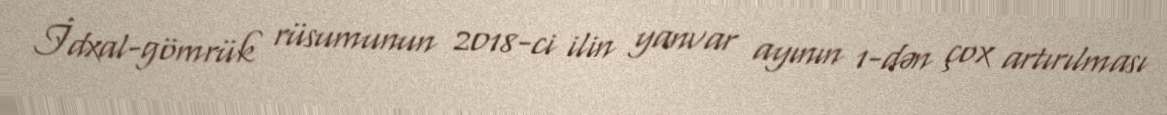
İdxal-gömrük rüsumunun 2018-ci ilin yanvar ayının 1-dən çox artırılması